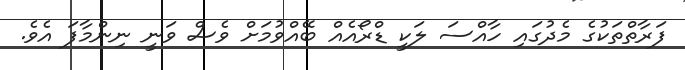
ފަރާތްތަކުގެ މެދުގައި ހާއްސަ ލަކީ ޑްރޯއެއް ބޭއްވުމަށް ވެސް ވަނީ ނިންމާފަ އެވެ.